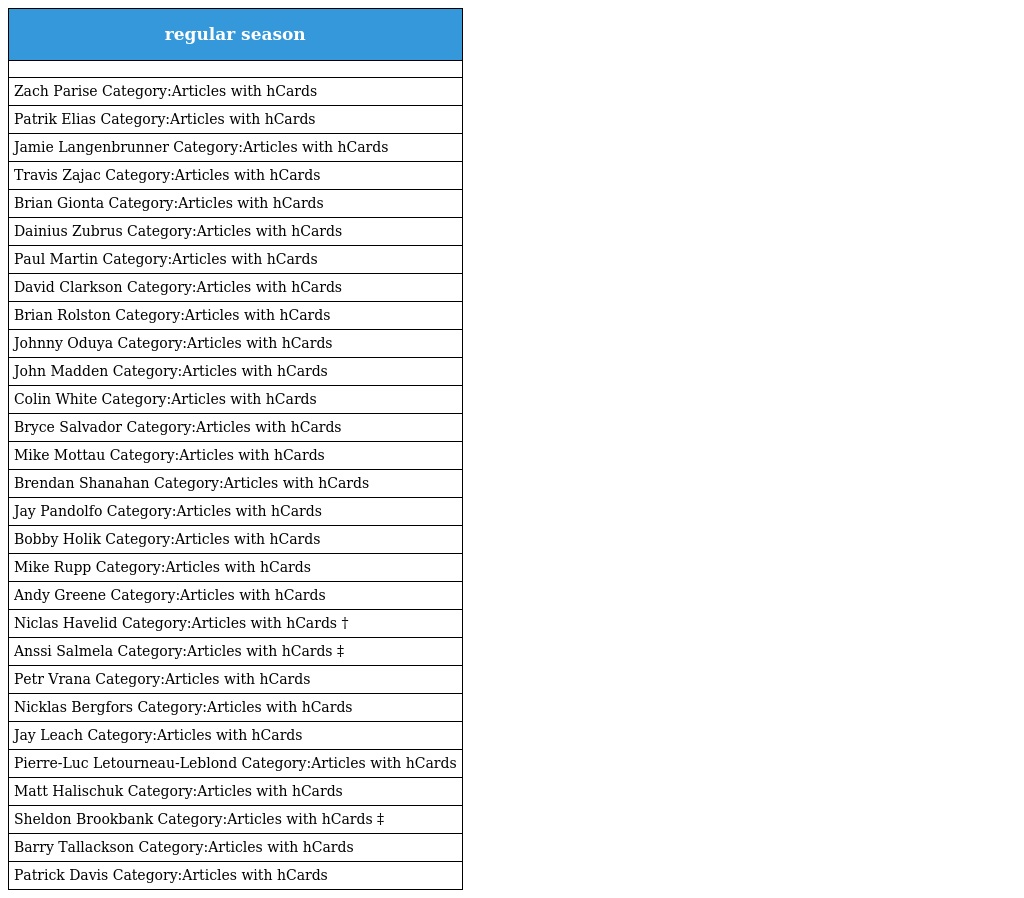
| regular season |
 | --- |
 |  |
 | Zach Parise Category:Articles with hCards |
 | Patrik Elias Category:Articles with hCards |
 | Jamie Langenbrunner Category:Articles with hCards |
 | Travis Zajac Category:Articles with hCards |
 | Brian Gionta Category:Articles with hCards |
 | Dainius Zubrus Category:Articles with hCards |
 | Paul Martin Category:Articles with hCards |
 | David Clarkson Category:Articles with hCards |
 | Brian Rolston Category:Articles with hCards |
 | Johnny Oduya Category:Articles with hCards |
 | John Madden Category:Articles with hCards |
 | Colin White Category:Articles with hCards |
 | Bryce Salvador Category:Articles with hCards |
 | Mike Mottau Category:Articles with hCards |
 | Brendan Shanahan Category:Articles with hCards |
 | Jay Pandolfo Category:Articles with hCards |
 | Bobby Holik Category:Articles with hCards |
 | Mike Rupp Category:Articles with hCards |
 | Andy Greene Category:Articles with hCards |
 | Niclas Havelid Category:Articles with hCards † |
 | Anssi Salmela Category:Articles with hCards ‡ |
 | Petr Vrana Category:Articles with hCards |
 | Nicklas Bergfors Category:Articles with hCards |
 | Jay Leach Category:Articles with hCards |
 | Pierre-Luc Letourneau-Leblond Category:Articles with hCards |
 | Matt Halischuk Category:Articles with hCards |
 | Sheldon Brookbank Category:Articles with hCards ‡ |
 | Barry Tallackson Category:Articles with hCards |
 | Patrick Davis Category:Articles with hCards |